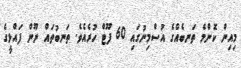
މިއިން ކޮންމެ ތަނބެއްގެ އުސްމިނުގައި 60 ފޫޓް ހުރެއެވެ. ތަނބުތައް ނޫން ފައްޅީގެ